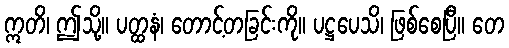
ဣတိ၊ ဤသို့။ ပတ္ထနံ၊ တောင့်တခြင်းကို။ ပဋ္ဌပေသိ၊ ဖြစ်စေပြီ။ တေ